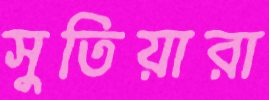
সুতিয়ারা